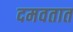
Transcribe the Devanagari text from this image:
दमवतात